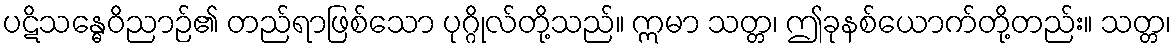
ပဋိသန္ဓေဝိညာဉ်၏ တည်ရာဖြစ်သော ပုဂ္ဂိုလ်တို့သည်။ ဣမာ သတ္တ၊ ဤခုနစ်ယောက်တို့တည်း။ သတ္တ၊